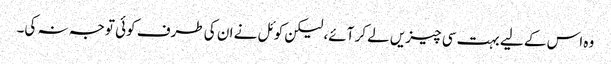
وہ اس کے لیے بہت سی چیزیں لے کر آئے، لیکن کوئل نے ان کی طرف کوئی توجہ نہ کی۔